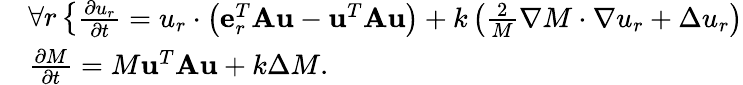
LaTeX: \begin{array}{rl}&{\forall r\left\{ \begin{array}{r}{\frac{\partial u_{r}}{\partial t}=u_{r}\cdot\left(\mathbf{e}_{r}^{T}\mathbf{A}\mathbf{u}-\mathbf{u}^{T}\mathbf{A}\mathbf{u}\right)+k\left(\frac{2}{M}\nabla M\cdot\nabla u_{r}+\Delta u_{r}\right)}\end{array}\right.}\\ &{\frac{\partial M}{\partial t}=M\mathbf{u}^{T}\mathbf{A}\mathbf{u}+k\Delta M.}\end{array}